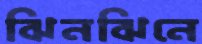
ঝিনঝিনে